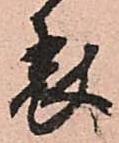
表